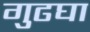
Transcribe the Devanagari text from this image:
गुढघा